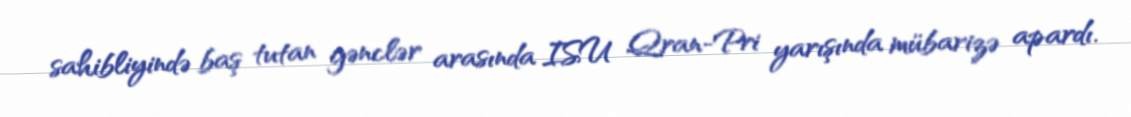
sahibliyində baş tutan gənclər arasında ISU Qran-Pri yarışında mübarizə apardı.